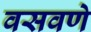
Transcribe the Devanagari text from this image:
वसवणे